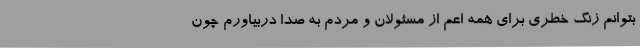
بتوانم زنگ خطری برای همه اعم از مسئولان و مردم به صدا دربیاورم چون